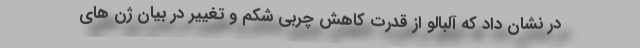
در نشان داد که آلبالو از قدرت کاهش چربی شکم و تغییر در بیان ژن های